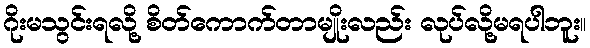
ဂိုးမသွင်းရလို့ စိတ်ကောက်တာမျိုးလည်း လုပ်လို့မရပါဘူး။